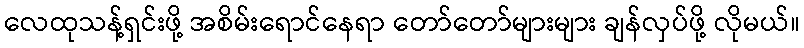
လေထုသန့်ရှင်းဖို့ အစိမ်းရောင်နေရာ တော်တော်များများ ချန်လှပ်ဖို့ လိုမယ်။